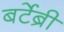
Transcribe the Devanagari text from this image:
बर्टेब्री